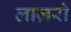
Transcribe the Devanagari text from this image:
लाज़रो